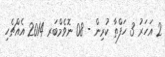
2 އަހަރު 3 ހަފްތާ ކުރިން - 08 ނޮވެމްބަރ 2014 އެއްޗެހި